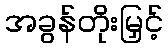
အခွန်တိုးမြှင့်